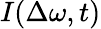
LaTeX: I(\Delta\omega,t)